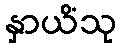
နှာယိံသု